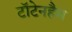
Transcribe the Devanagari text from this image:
टॉटेनहैम